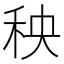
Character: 秧